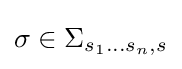
\sigma \in \Sigma _{s_{1}\dots s_{n},s}